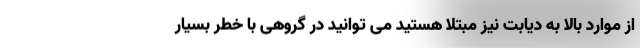
از موارد بالا به دیابت نیز مبتلا هستید می توانید در گروهی با خطر بسیار